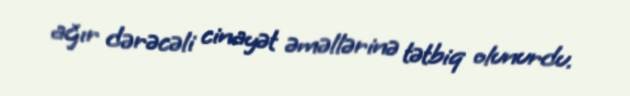
ağır dərəcəli cinayət əməllərinə tətbiq olunurdu.